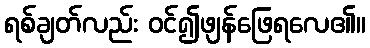
ရစ်ချတ်လည်း ဝင်၍ဖျန်ဖြေရလေ၏။